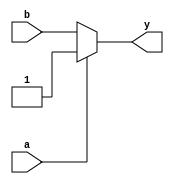
module bramka_or(
	output reg y,
	input a,
	input b
);

always @(*) begin
	if (a) y=1;
	else y=b;
end

endmodule